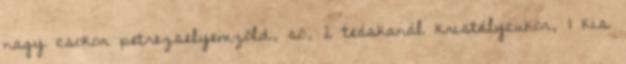
nagy csokor petrezselyemzöld, só, 2 teáskanál kristálycukor, 1 kis